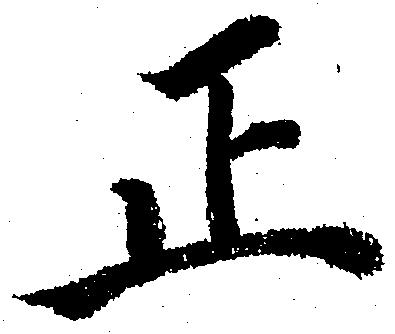
正